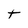
Character: t